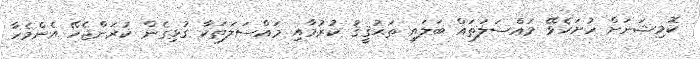
ކޮމިޝަނަށް ހުށަހެޅޭ މައްސަލަތައް ބަލައި ތަޙުޤީޤު ކުރުމާއި މައްސަލަތަކާ ގުޅިގެން ކުރަންޖެހޭ އެންމެހާ